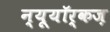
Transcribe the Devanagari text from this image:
न्यूयॉर्कज़